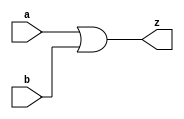
//#############################################################################
//# Function: 2-Input Clock Or Gate                                           #
//# Copyright: OH Project Authors. ALl rights Reserved.                       #
//# License:  MIT (see LICENSE file in OH repository)                         #
//#############################################################################

module asic_clkor2 #(parameter PROP = "DEFAULT")   (
    input  a,
    input  b,
    output z
    );

   assign z = a | b;

endmodule